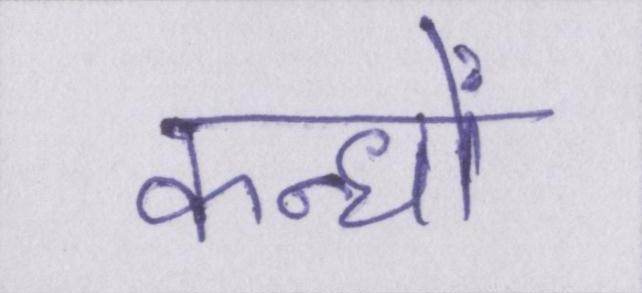
कन्धों